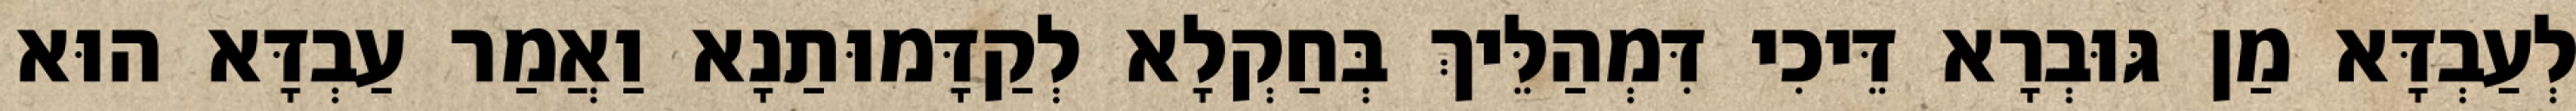
לְעַבְדָּא מַן גּוּבְרָא דֵּיכִי דִּמְהַלֵּיךְ בְּחַקְלָא לְקַדָּמוּתַנָא וַאֲמַר עַבְדָּא הוּא